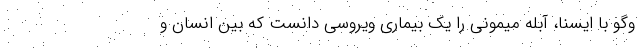
وگو با ایسنا، آبله میمونی را یک بیماری ویروسی دانست که بین انسان و